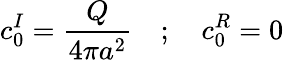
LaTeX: c_{0}^{I}=\frac{Q}{4\pi a^{2}}\quad;\quad c_{0}^{R}=0